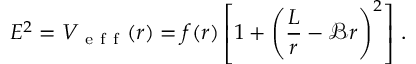
E ^ { 2 } = V _ { \mathrm { ~ e ~ f ~ f ~ } } ( r ) = f ( r ) \left[ 1 + \left( \frac { L } { r } - \mathcal { B } r \right) ^ { 2 } \right] \, .